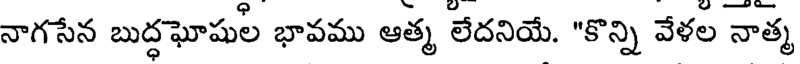
నాగసేన బుద్ధఘోషుల భావము ఆత్మ లేదనియే. "కొన్ని వేళల నాత్మ